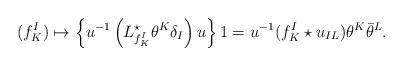
LaTeX: \begin{align*} (f_K^I) \mapsto \left\{u^{-1} \left(L^\star_{f_K^I} \theta^K \delta_I \right) u\right\} 1 = u^{-1} (f_K^I \star u_{IL})\theta^K \bar \theta^L.\end{align*}